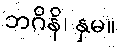
ဘဂိနိ၊ နှမ။